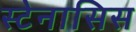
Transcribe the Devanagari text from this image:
स्टेनासिस